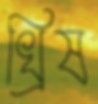
খ্রিষ